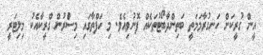
އީން ގުރީކަށް ހަނގުރާމަމަތީ ބަތިންދާބޯޓުތަކެއް ފޮނުވިއެވެ. މި ހަފްތާގައި މިސްުރުން ގްރީކާއެކު މިލިޓަރީ